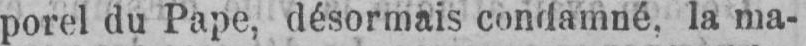
porel du Pape, désormais condamné, la ma-